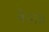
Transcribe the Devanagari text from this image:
बेनाडे